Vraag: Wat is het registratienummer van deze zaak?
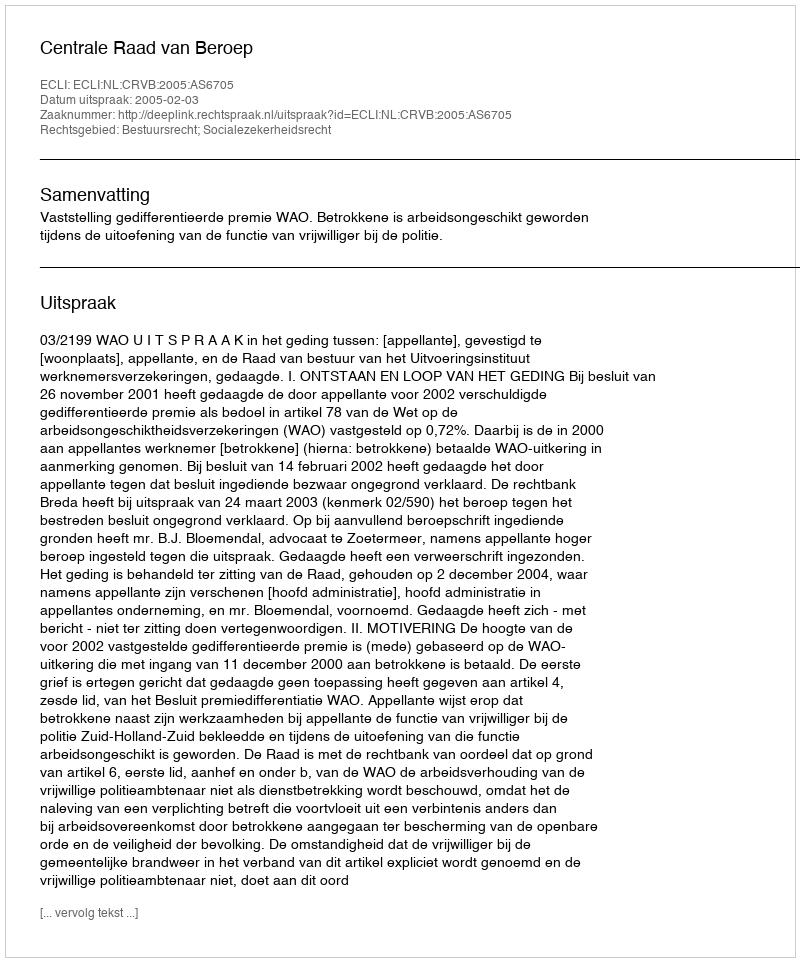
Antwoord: http://deeplink.rechtspraak.nl/uitspraak?id=ECLI:NL:CRVB:2005:AS6705